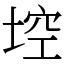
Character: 埪